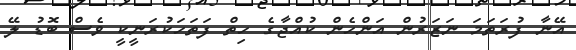
އޭނާ ފުރަތަމަ ނަޒަރުން އަންހެން ކުއްޖާގެ ހިތް ފަތަހަކުރަނީކީ ވެސް ބޮޑު ލޭ